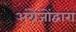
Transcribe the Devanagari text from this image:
अंग्रेजोंद्वारा